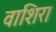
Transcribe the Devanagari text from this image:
वाशिरा